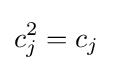
c_{j}^{2}=c_{j}